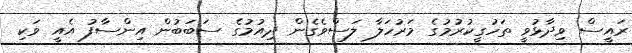
ރައީސް ވިދާޅުވީ ތަހުގީކުރުމުގެ މަރުހަލާ ލަސްވެގެން ދިއުމުގެ ސަބަބުން އިންސާފު އެއީ ވަކި